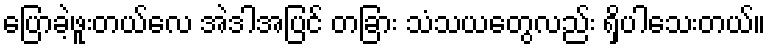
ပြောခဲ့ဖူးတယ်လေ အဲဒါအပြင် တခြား သံသယတွေလည်း ရှိပါသေးတယ်။